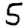
Digit: 5